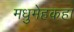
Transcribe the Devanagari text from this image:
मधुमेहकहा